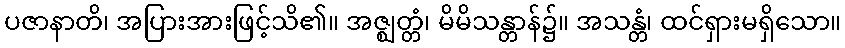
ပဇာနာတိ၊ အပြားအားဖြင့်သိ၏။ အဇ္ဈတ္တံ၊ မိမိသန္တာန်၌။ အသန္တံ၊ ထင်ရှားမရှိသော။